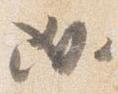
必